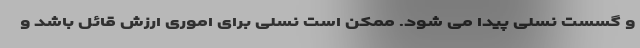
و گسست نسلی پیدا می شود. ممکن است نسلی برای اموری ارزش قائل باشد و